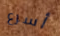
أسرع